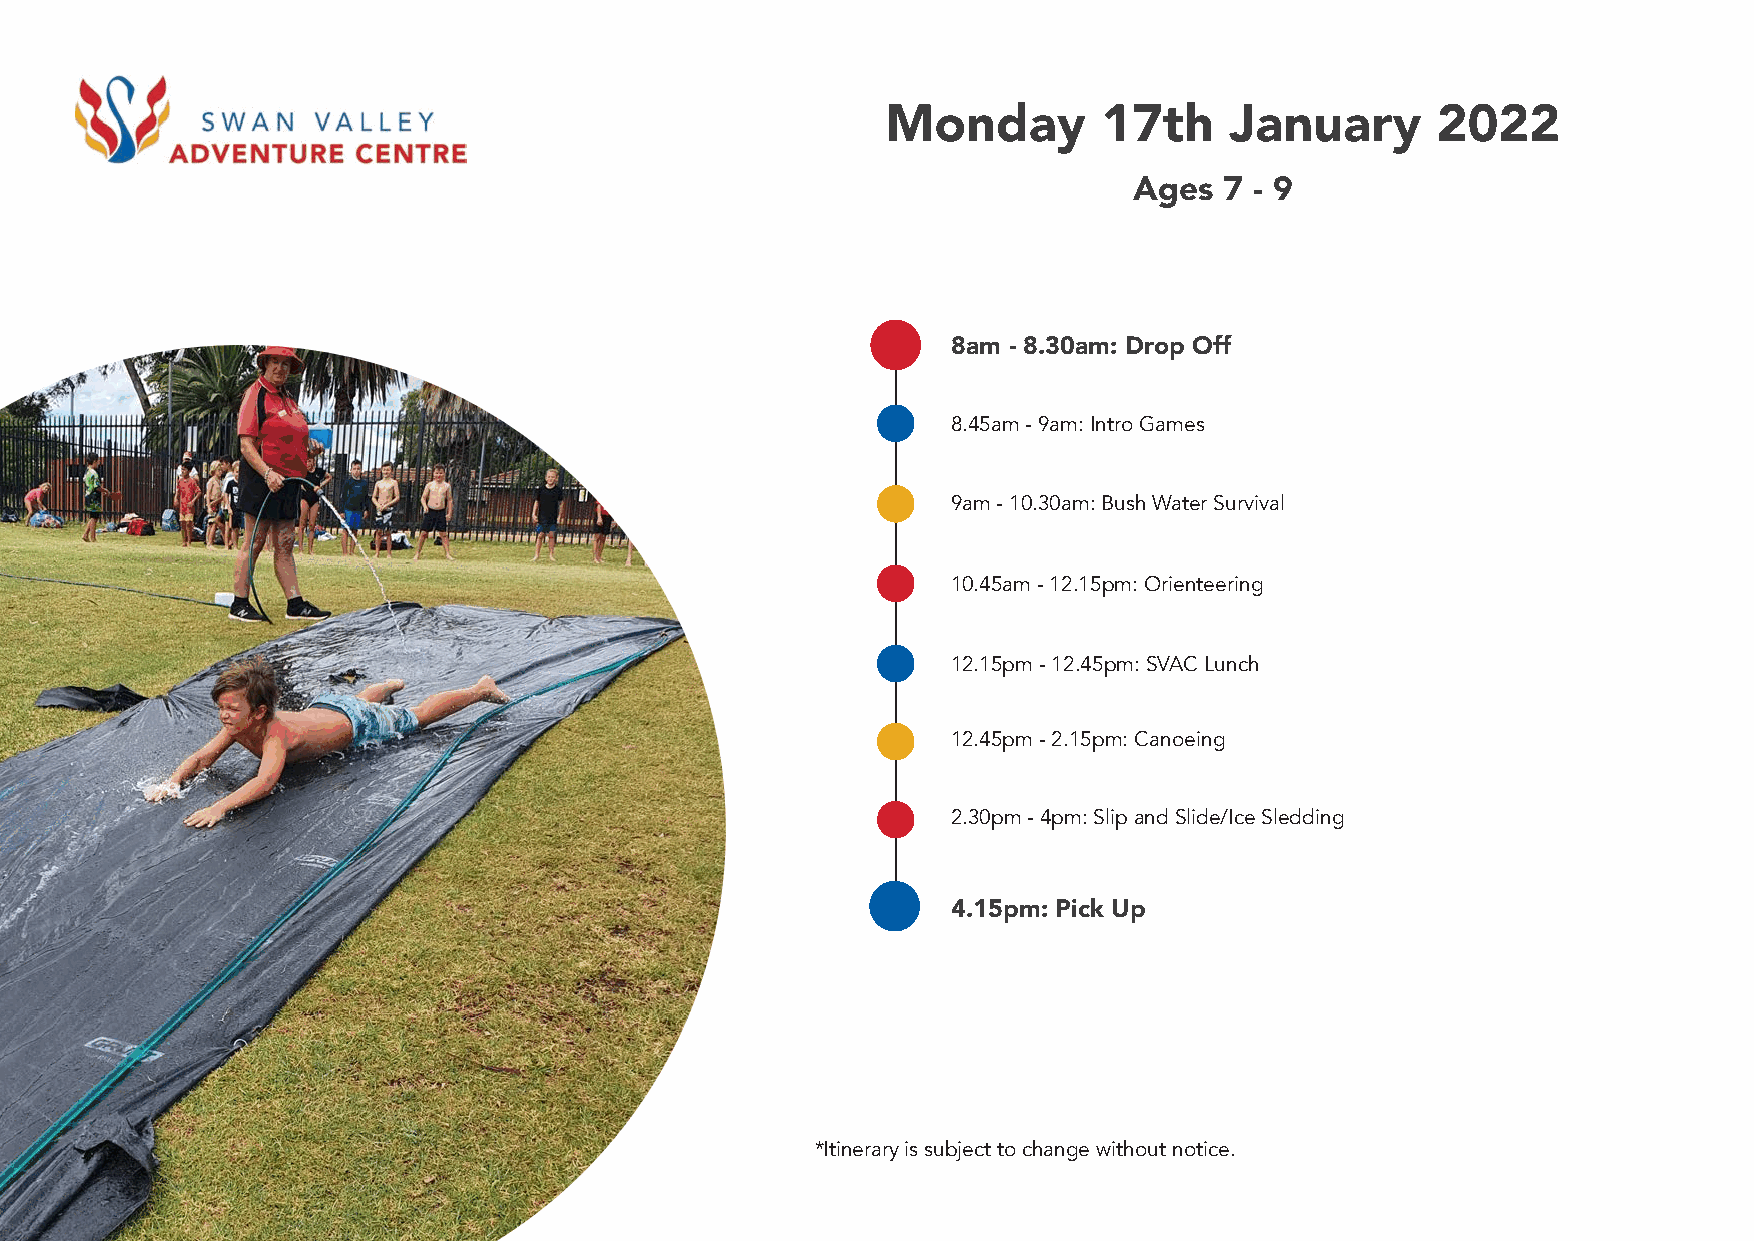
Monday        17th    January       2022
 Ages  7 - 9
 8am - 8.30am: Drop Off
 8.45am - 9am: Intro Games
 9am - 10.30am: Bush Water Survival
 10.45am - 12.15pm: Orienteering
 12.15pm - 12.45pm: SVAC Lunch
 12.45pm - 2.15pm: Canoeing
 2.30pm - 4pm: Slip and Slide/Ice Sledding
 4.15pm: Pick Up
 *Itinerary is subject to change without notice.